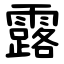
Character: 露